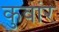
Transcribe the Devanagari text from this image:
कुवांर